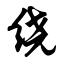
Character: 绕